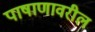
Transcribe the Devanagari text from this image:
पाषाणावरील